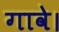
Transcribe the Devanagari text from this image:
गावे।